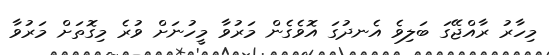
މިހާރު ރާއްޖޭގަ ބަލިވެ އެނދުގަ އޮވެގެން މަރުވާ މީހުނަށް ވުރެ މިގޮތަށް މަރުވާ